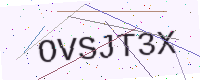
Text: OVSJT3X